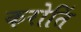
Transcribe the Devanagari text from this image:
करोतिं